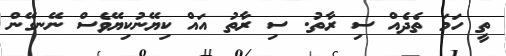
ތީ ހަމަ ތެދެއް ސި ރާތު. ސި ރާތު އައް ކިޔޭނުކިޔޭވެސް ނޭނގޭން